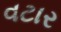
વટાર